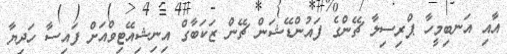
އާއި އަނބިމީހާ ޕްރިސިލާ ޗޭންގެ ފައުންޑޭޝަން ޗޭން ޒަކަބާގް އިނިޝިއޭޓިވްއަށް ފައިސާ ހަދިޔާ